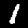
Digit: 1